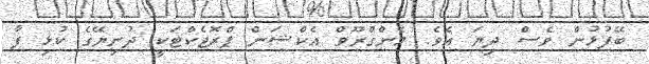
ބޭފުޅުން ވެސް ދިޔަ އެވެ. މެންގްރޫވް އެކްޝަން ޕްރޮޖެކްޓަކީ ދުނިޔޭގެ ކުޅި ފާ